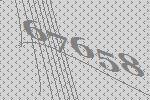
67658